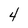
Character: 4